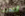
أنتهينا